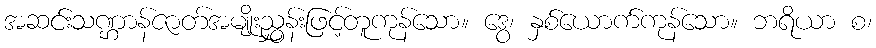
အဆင်းသဏ္ဌာန်ဇာတ်အမျိုးညွှန်းဖြင့်တူကုန်သော။ ဒွေ၊ နှစ်ယောက်ကုန်သော။ ဘရိယာ စ၊